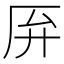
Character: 𫨄